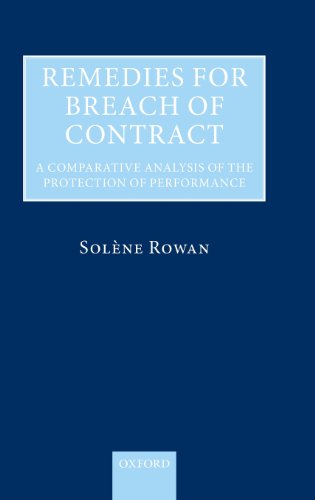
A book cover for Remedies for Breach of Contract: A Comparative Analysis of the Protection of Performance; Solene Rowan; Law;